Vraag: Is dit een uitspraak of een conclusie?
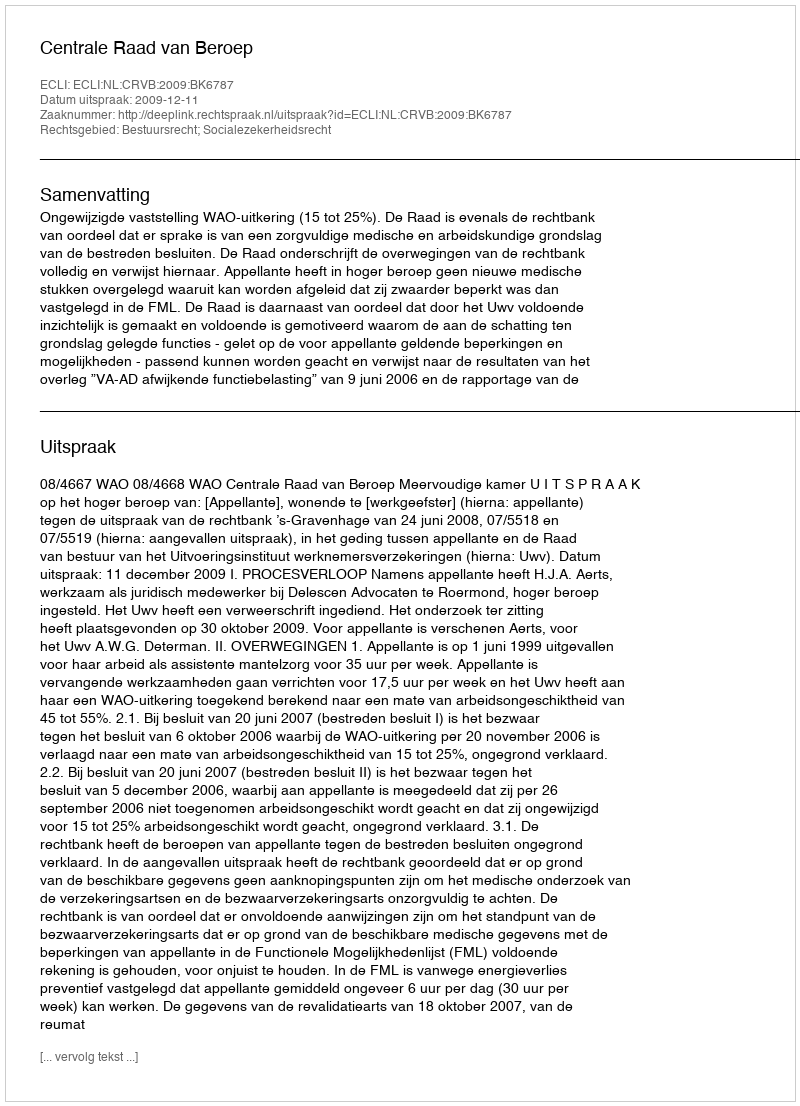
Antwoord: Uitspraak